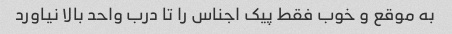
به موقع و خوب فقط پیک اجناس را تا درب واحد بالا نیاورد